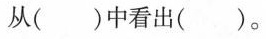
从()中看出()。